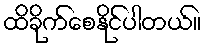
ထိခိုက်စေနိုင်ပါတယ်။